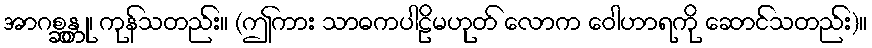
အာဂစ္ဆန္တု၊ ကုန်သတည်း။ (ဤကား သာဓကပါဠိမဟုတ် လောက ဝေါဟာရကို ဆောင်သတည်း)။